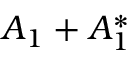
{ \cal A } _ { 1 } + { \cal A } _ { 1 } ^ { \ast }